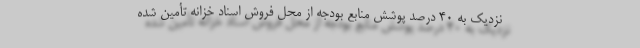
نزدیك به 40 درصد پوشش منابع بودجه از محل فروش اسناد خزانه تأمین شده